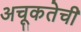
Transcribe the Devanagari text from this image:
अचूकतेची